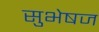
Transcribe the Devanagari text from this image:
सुभेषज